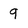
Character: q